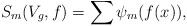
\begin{align*}S_m(V_g, f) = \sum \psi_m( f(x) ),\end{align*}